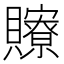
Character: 𧸴